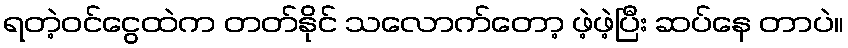
ရတဲ့ဝင်ငွေထဲက တတ်နိုင် သလောက်တော့ ဖဲ့ဖဲ့ပြီး ဆပ်နေ တာပဲ။